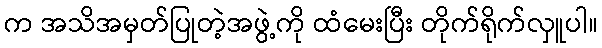
က အသိအမှတ်ပြုတဲ့အဖွဲ့ကို ထံမေးပြီး တိုက်ရိုက်လှူပါ။